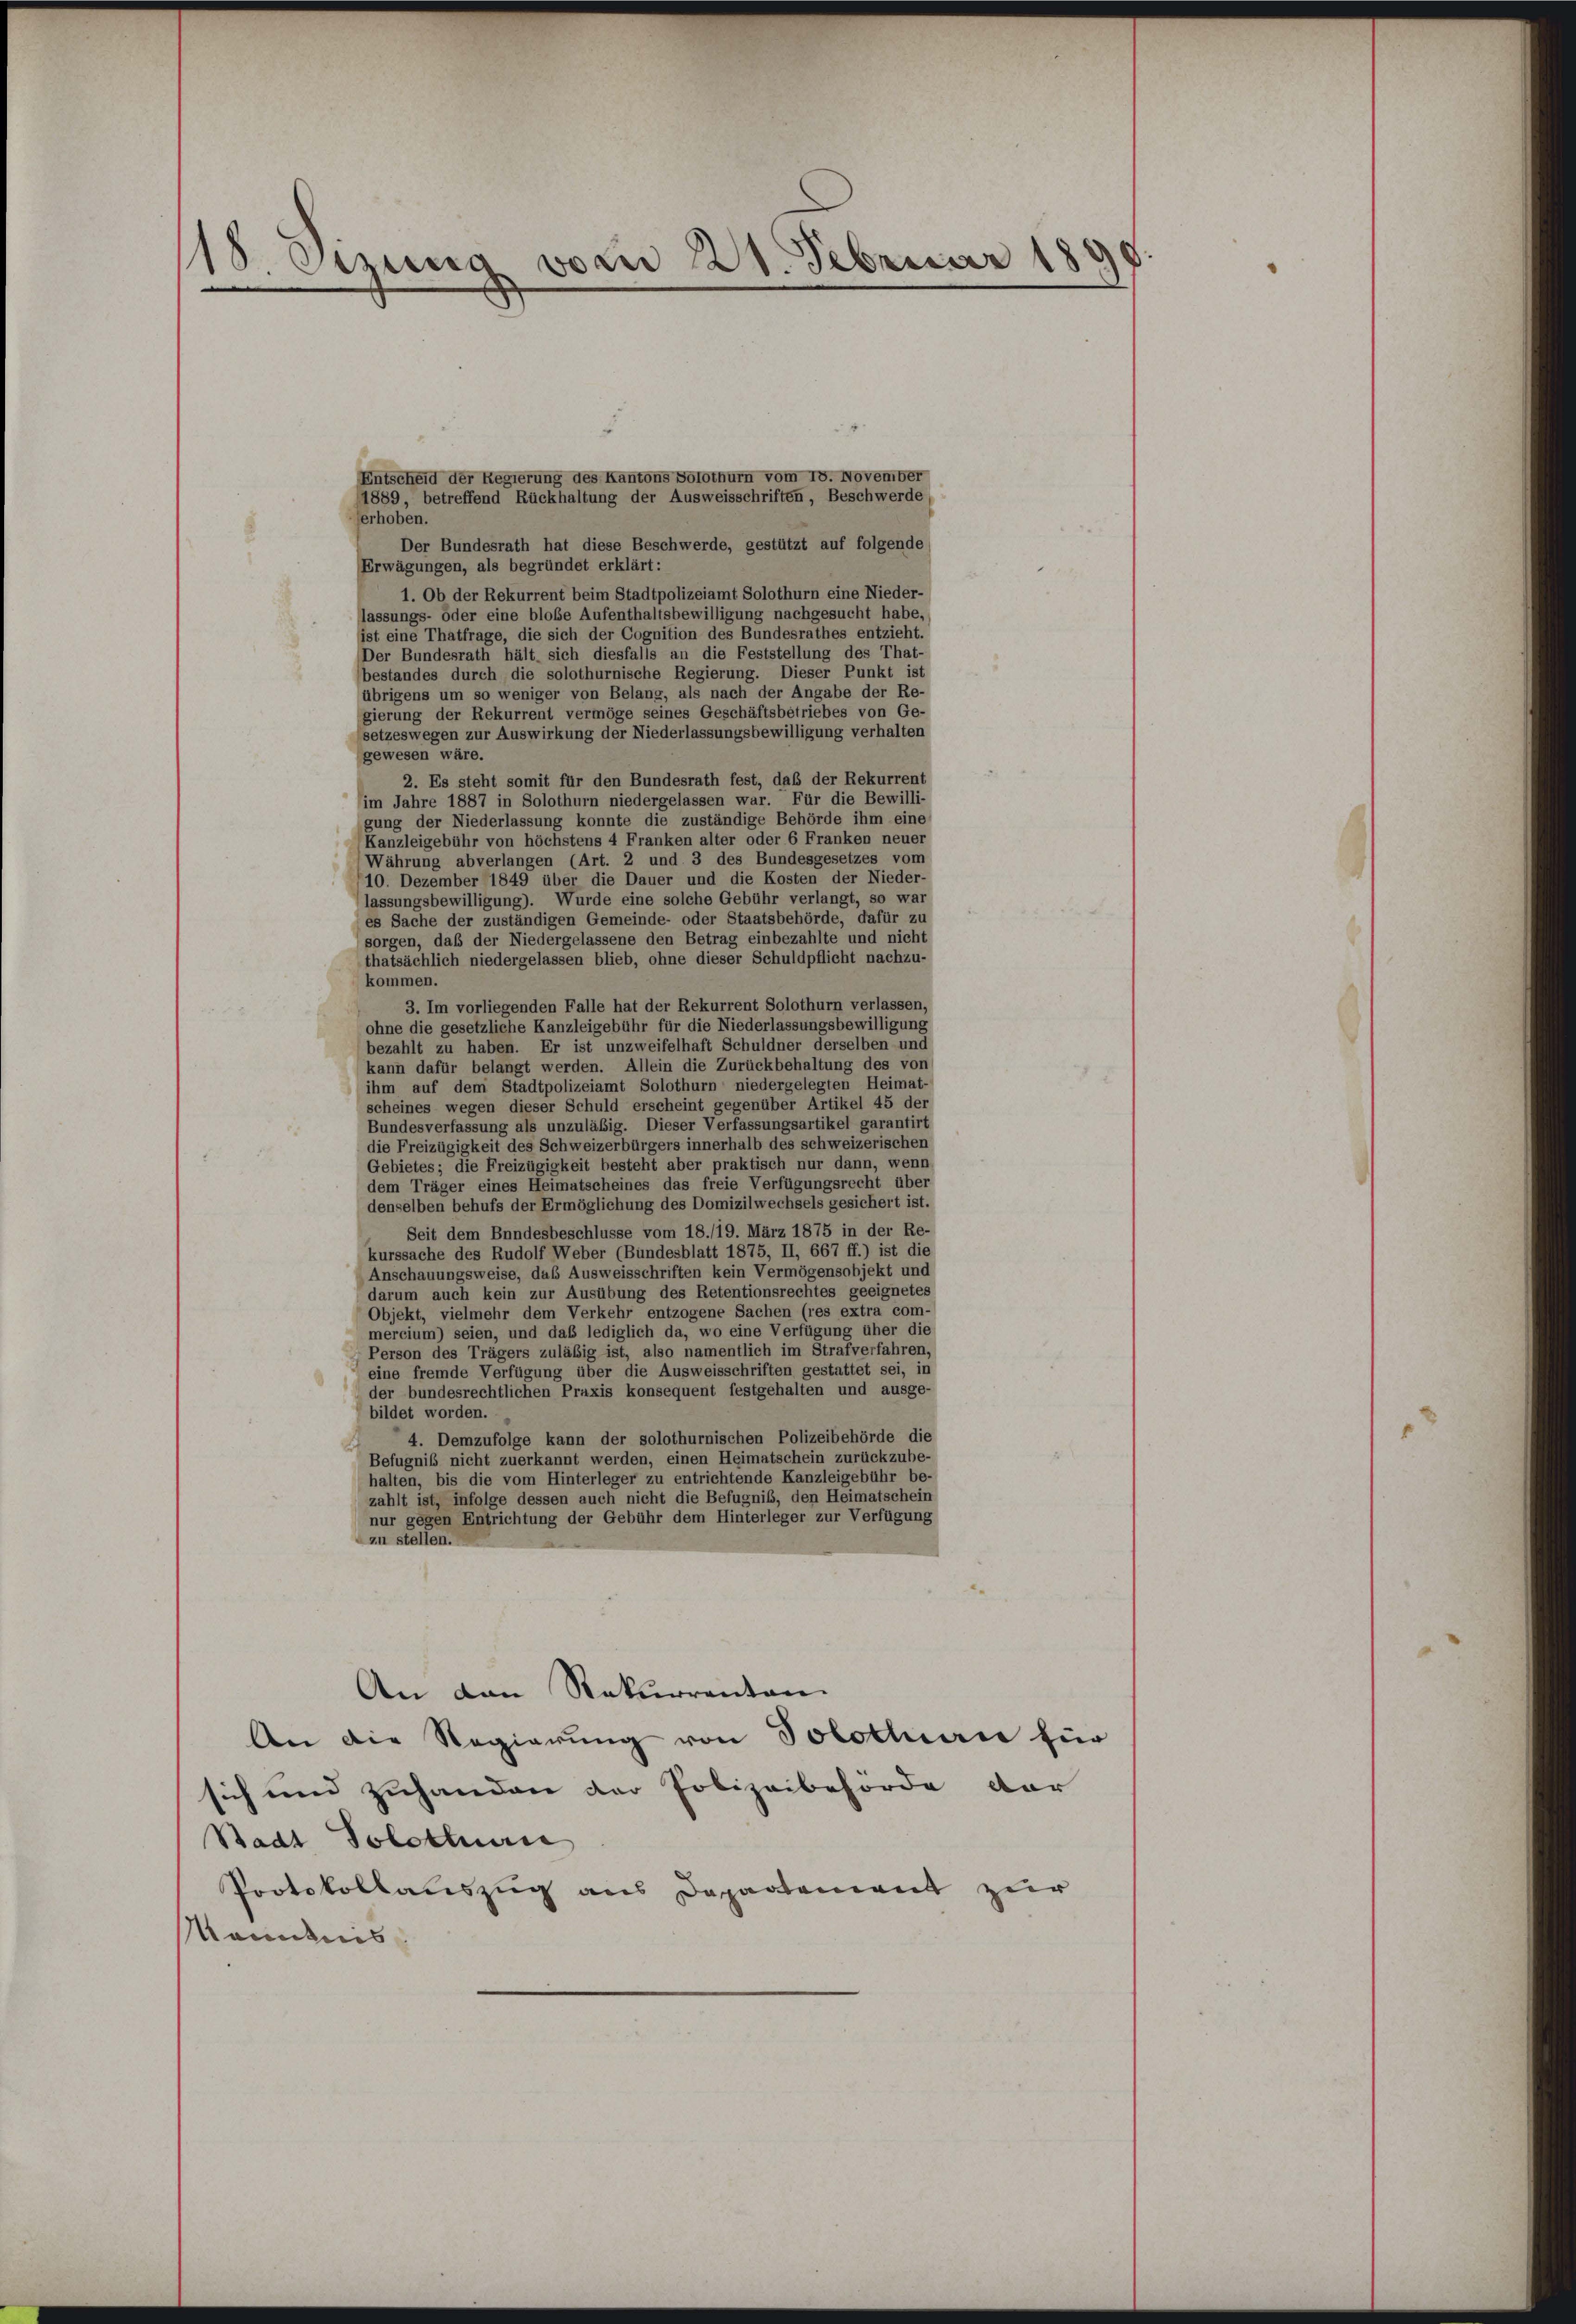
18 Sizung vom 21. Februar 18

Entscheid der Regierung des Kantons Solothurn vom 18. November
1889, betreffend Rückhaltung der Ausweisschriften, Beschwerde,
erhoben.
Der Bundesrath hat diese Beschwerde, gestützt auf folgende
Erwägungen, als begründet erklärt:
1. Ob der Rekurrent beim Stadtpolizeiamt Solothurn eine Nieder-
lassungs- oder eine blobe Aufenthaltsbewilligung nachgesucht habe,
ist eine Thatfrage, die sich der Cognition des Bundesrathes entzieht.
Der Bundesrath hält, sich diesfalls an die Feststellung des That-
bestandes durch die solothurnische Regierung. Dieser Punkt ist
übrigens um so weniger von Belang, als nach der Angabe der Re-
gierung der Rekurrent vermöge seines Geschäftsbetriebes von Ge-
setzeswegen zur Auswirkung der Niederlassungsbewilligung verhalten
gewesen wäre.
2. Es steht somit für den Bundesrath fest, daß der Rekurrent
im Jahre 1887 in Solothurn niedergelassen war. Für die Bewilli-
gung der Niederlassung konnte die zuständige Behörde ihm eine
Kanzleigebühr von höchstens 4 Franken alter oder 6 Franken neuer
Währung abverlangen (Art. 2 und 3 des Bundesgesetzes vom
10. Dezember 1849 über die Dauer und die Kosten der Nieder-
lassungsbewilligung). Wurde eine solche Gebühr verlangt, so war
es Sache der zuständigen Gemeinde- oder Staatsbehörde, dafür zu
sorgen, daß der Niedergelassene den Betrag einbezahlte und nicht
thatsächlich niedergelassen blieb, ohne dieser Schuldpflicht nachzu-
kommen.
3. Im vorliegenden Falle hat der Rekurrent Solothurn verlassen,
ohne die gesetzliche Kanzleigebühr für die Niederlassungsbewilligung
bezahlt zu haben. Er ist unzweifelhaft Schuldner derselben und
kann dafür belangt werden. Allein die Zurückbehaltung des von
ihm auf dem Stadtpolizeiamt Solothurn niedergelegten Heimat-
scheines wegen dieser Schuld erscheint gegenüber Artikel 45 der
Bundesverfassung als unzuläßig. Dieser Verfassungsartikel garantirt
die Freizügigkeit des Schweizerbürgers innerhalb des schweizerischen
Gebietes; die Freizügigkeit besteht aber praktisch nur dann, wenn
dem Träger eines Heimatscheines das freie Verfügungsrecht über
denselben behufs der Ermöglichung des Domizilwechsels gesichert ist.
Seit dem Bundesbeschlüsse vom 18./19. März 1875 in der Re-
kurssache des Rudolf Weber (Bundesblatt 1875, II, 667 ff.) ist die
Anschauungsweise, das Ausweisschriften kein Vermögensobjekt und
darum auch kein zur Ausübung des Retentionsrechtes geeignetes
Objekt, vielmehr dem Verkehr entzogene Sachen (res extra com-
mercium) seien, und das lediglich da, wo eine Verfügung über die
Person des Trägers zuläßig ist, also namentlich im Strafverfahren,
eine fremde Verfügung über die Ausweisschriften gestattet sei, in
der bundesrechtlichen Praxis konsequent festgehalten und ausge-
bildet worden.
4. Demzufolge kann der solothurnischen Polizeibehörde die
Befugniß nicht zuerkannt werden, einen Heimatschein zurückzube-
halten, bis die vom Hinterleger zu entrichtende Kanzleigebühr be-
zahlt ist, infolge dessen auch nicht die Befugnis, den Heimatschein
nur gegen Entrichtung der Gebühr dem Hinterleger zur Verfügung
zu stellen.
An den Rekurrenten.
An die Regierung von Solothur für
tiet und zuhanden der Polizeibehörde vor
Stadt Solothurn
Protokollatissa aus Departement zur
Mandes